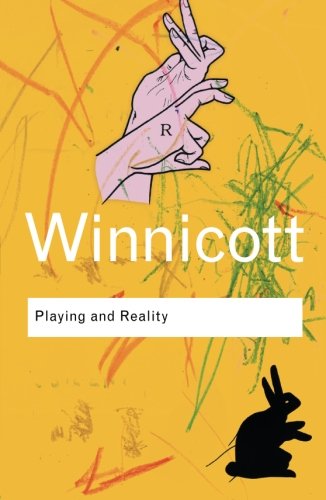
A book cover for Playing and Reality (Routledge Classics); D. W. Winnicott; Medical Books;